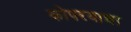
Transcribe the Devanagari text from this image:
कोपरयाचा